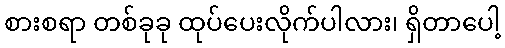
စားစရာ တစ်ခုခု ထုပ်ပေးလိုက်ပါလား၊ ရှိတာပေါ့